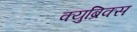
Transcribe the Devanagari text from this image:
क्युब्रिक्स